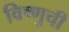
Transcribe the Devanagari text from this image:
विष्णुची